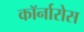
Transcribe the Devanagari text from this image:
कॉर्नारोस